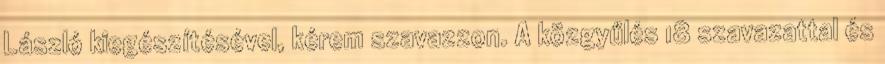
László kiegészítésével, kérem szavazzon. A közgyűlés 18 szavazattal és